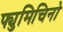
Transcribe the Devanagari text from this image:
फ्युमिचिनो